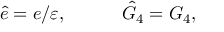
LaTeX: \hat { e } = e / \varepsilon , \ \ \ \ \ \ \ \ \ \hat { G } _ { 4 } = G _ { 4 } ,